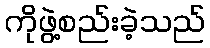
ကိုဖွဲ့စည်းခဲ့သည်